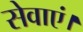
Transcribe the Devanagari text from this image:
सेवाएं।